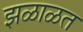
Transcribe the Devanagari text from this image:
झळाळत